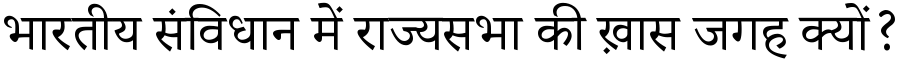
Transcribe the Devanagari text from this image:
भारतीय संविधान में राज्यसभा की ख़ास जगह क्यों?